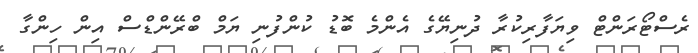
ރެސްޓޯރަންޓް ވިޔަފާރިކުރާ ދުނިޔޭގެ އެންމެ ބޮޑު ކުންފުނި ޔަމް ބްރޭންްޑްސް އިން ހިންގާ